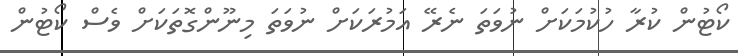
ކޯޓުން ކުރާ ހުކުމަކަށް ނުވަތަ ނެރޭ އަމުރަކަށް ނުވަތަ މިނޫންގޮތަކަށް ވެސް ކޯޓުން